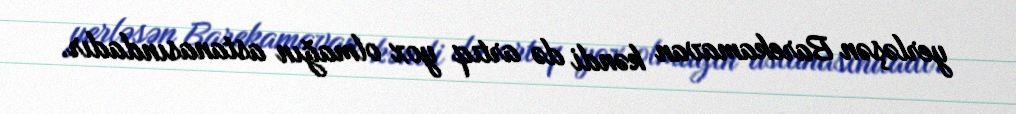
yerləşən Barekamavan kəndi də artıq yox olmağın astanasındadır.